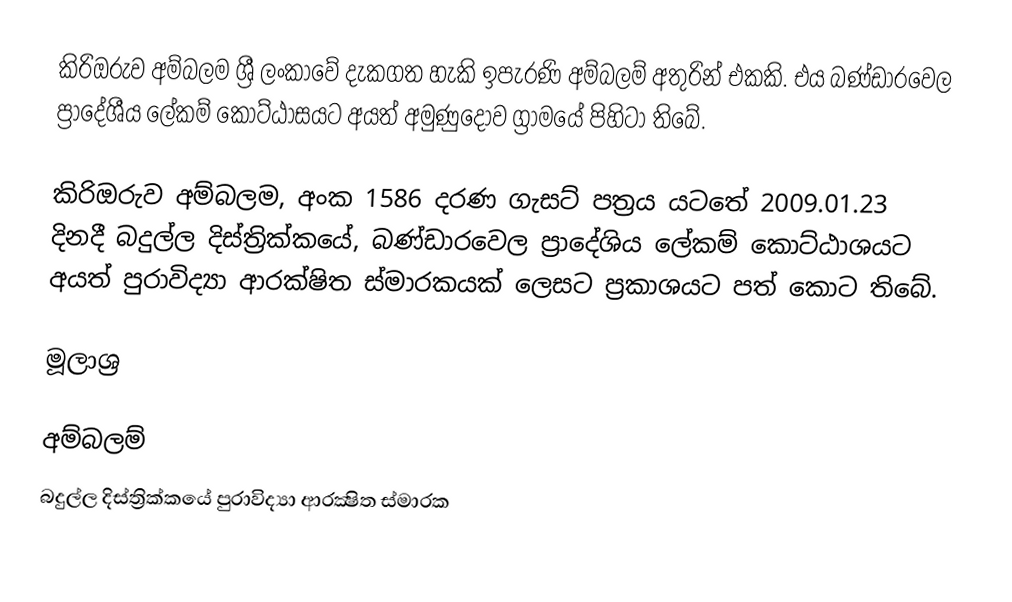
කිරිඔරුව අම්බලම ශ්‍රී ලංකාවේ දැකගත හැකි ඉපැරණි අම්බලම් අතුරින් එකකි. එය බණ්ඩාරවෙල ප්‍රාදේශීය ලේකම් කොට්ඨාසයට අයත් අමුණුදෝව ග්‍රාමයේ පිහිටා තිබේ.

කිරිඔරුව අම්බලම, අංක 1586 දරණ ගැසට් පත්‍රය යටතේ 2009.01.23 දිනදී බදුල්ල දිස්ත්‍රික්කයේ, බණ්ඩාරවෙල ප්‍රාදේශිය ලේකම් කොට්ඨාශයට අයත් පුරාවිද්‍යා ආරක්ෂිත ස්මාරකයක් ලෙසට ප්‍රකාශයට පත් කොට තිබේ.

මූලාශ්‍ර

අම්බලම්
බදුල්ල දිස්ත්‍රික්කයේ පුරාවිද්‍යා ආරක්‍ෂිත ස්මාරක